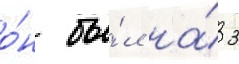
о́н бы́л на́ 3